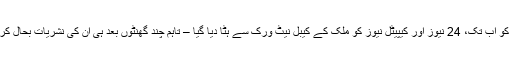
8 جولائی کو اب تک، 24 نیوز اور کیپیٹل نیوز کو ملک کے کیبل نیٹ ورک سے ہٹا دیا گیا – تاہم چند گھنٹوں بعد ہی ان کی نشریات بحال کر دی گئیں۔